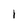
Character: I